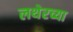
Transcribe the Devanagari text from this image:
लथेरच्या